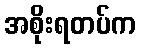
အစိုးရတပ်က